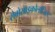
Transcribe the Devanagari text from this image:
रोबोसाइकोलॉजिस्ट